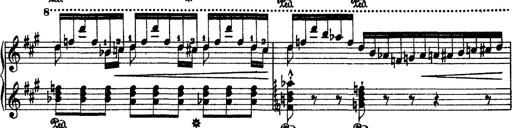
Title: 2 KonzertetÃ¼den
Composer: Franz Liszt